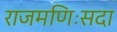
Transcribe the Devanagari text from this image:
राजमणिःसदा